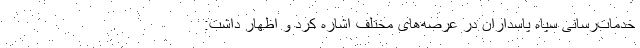
خدمات‌رسانی سپاه پاسداران در عرصه‌های مختلف اشاره کرد و اظهار داشت: